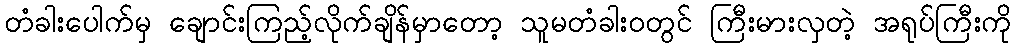
တံခါးပေါက်မှ ချောင်းကြည့်လိုက်ချိန်မှာတော့ သူမတံခါး၀တွင် ကြီးမားလှတဲ့ အရုပ်ကြီးကို